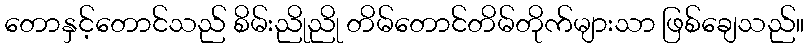
တောနှင့်တောင်သည် စိမ်းညိုညို တိမ်တောင်တိမ်တိုက်များသာ ဖြစ်ချေသည်။